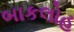
બાકલોહ